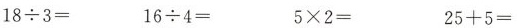
$$1 8 \div 3 =$$ $$1 6 \div 4 =$$ $$5 \times 2 =$$ $$2 5 + 5 =$$